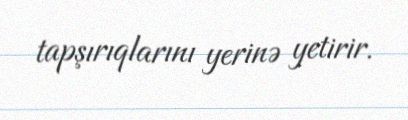
tapşırıqlarını yerinə yetirir.